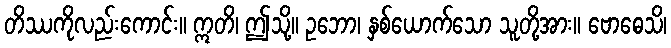
တိဿကိုလည်းကောင်း။ ဣတိ၊ ဤသို့။ ဥဘော၊ နှစ်ယောက်သော သူတို့အား။ ဗောဓေသိ၊